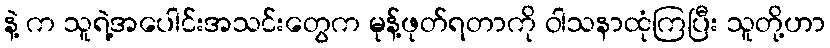
နဲ့ က သူရဲ့အပေါင်းအသင်းတွေက မုန့်ဖုတ်ရတာကို ဝါသနာထုံကြပြီး သူတို့ဟာ